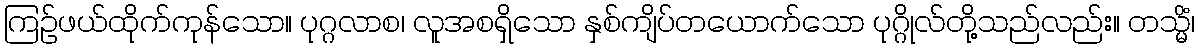
ကြဉ်ဖယ်ထိုက်ကုန်သော။ ပုဂ္ဂလာစ၊ လူအစရှိသော နှစ်ကျိပ်တယောက်သော ပုဂ္ဂိုလ်တို့သည်လည်း။ တသ္မိံ၊